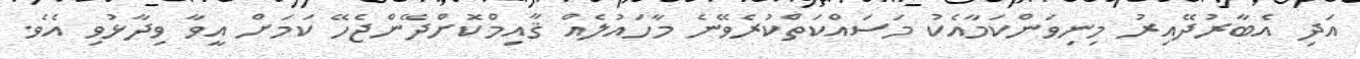
އަދި އެބާރުދޭއިރު މިނިވަންކަމާއެކު މަސައްކަތްކުރެވޭނެ މާހައުލެއް ޤާއިމްކޮށްދޭންޖެހޭ ކަމަށް އީވާ ވިދާޅުވި އެވެ.